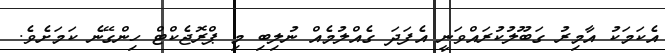
އެކަމަކު އާމިރު ގަބޫލުކުރައްވަނީ އެފަދަ ގެއްލުމެއް ނުލިބި މި ޕްރޮޖެކްޓް ހިންގޭނެ ކަމަށެވެ.